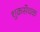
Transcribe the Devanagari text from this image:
शुक्रसेचक